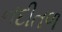
નદીતળ